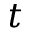
t